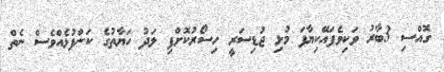
ގޮއްސި 3ބާރު ވަކިވެފައޭކިޔާފަ މުޅި ޖުޑިސަރީ ހިސޯރުކޮށްފި ލަދު ހަޔާތުގެ ކަންފުޅެއްވެސް ނެތް